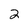
Character: 2